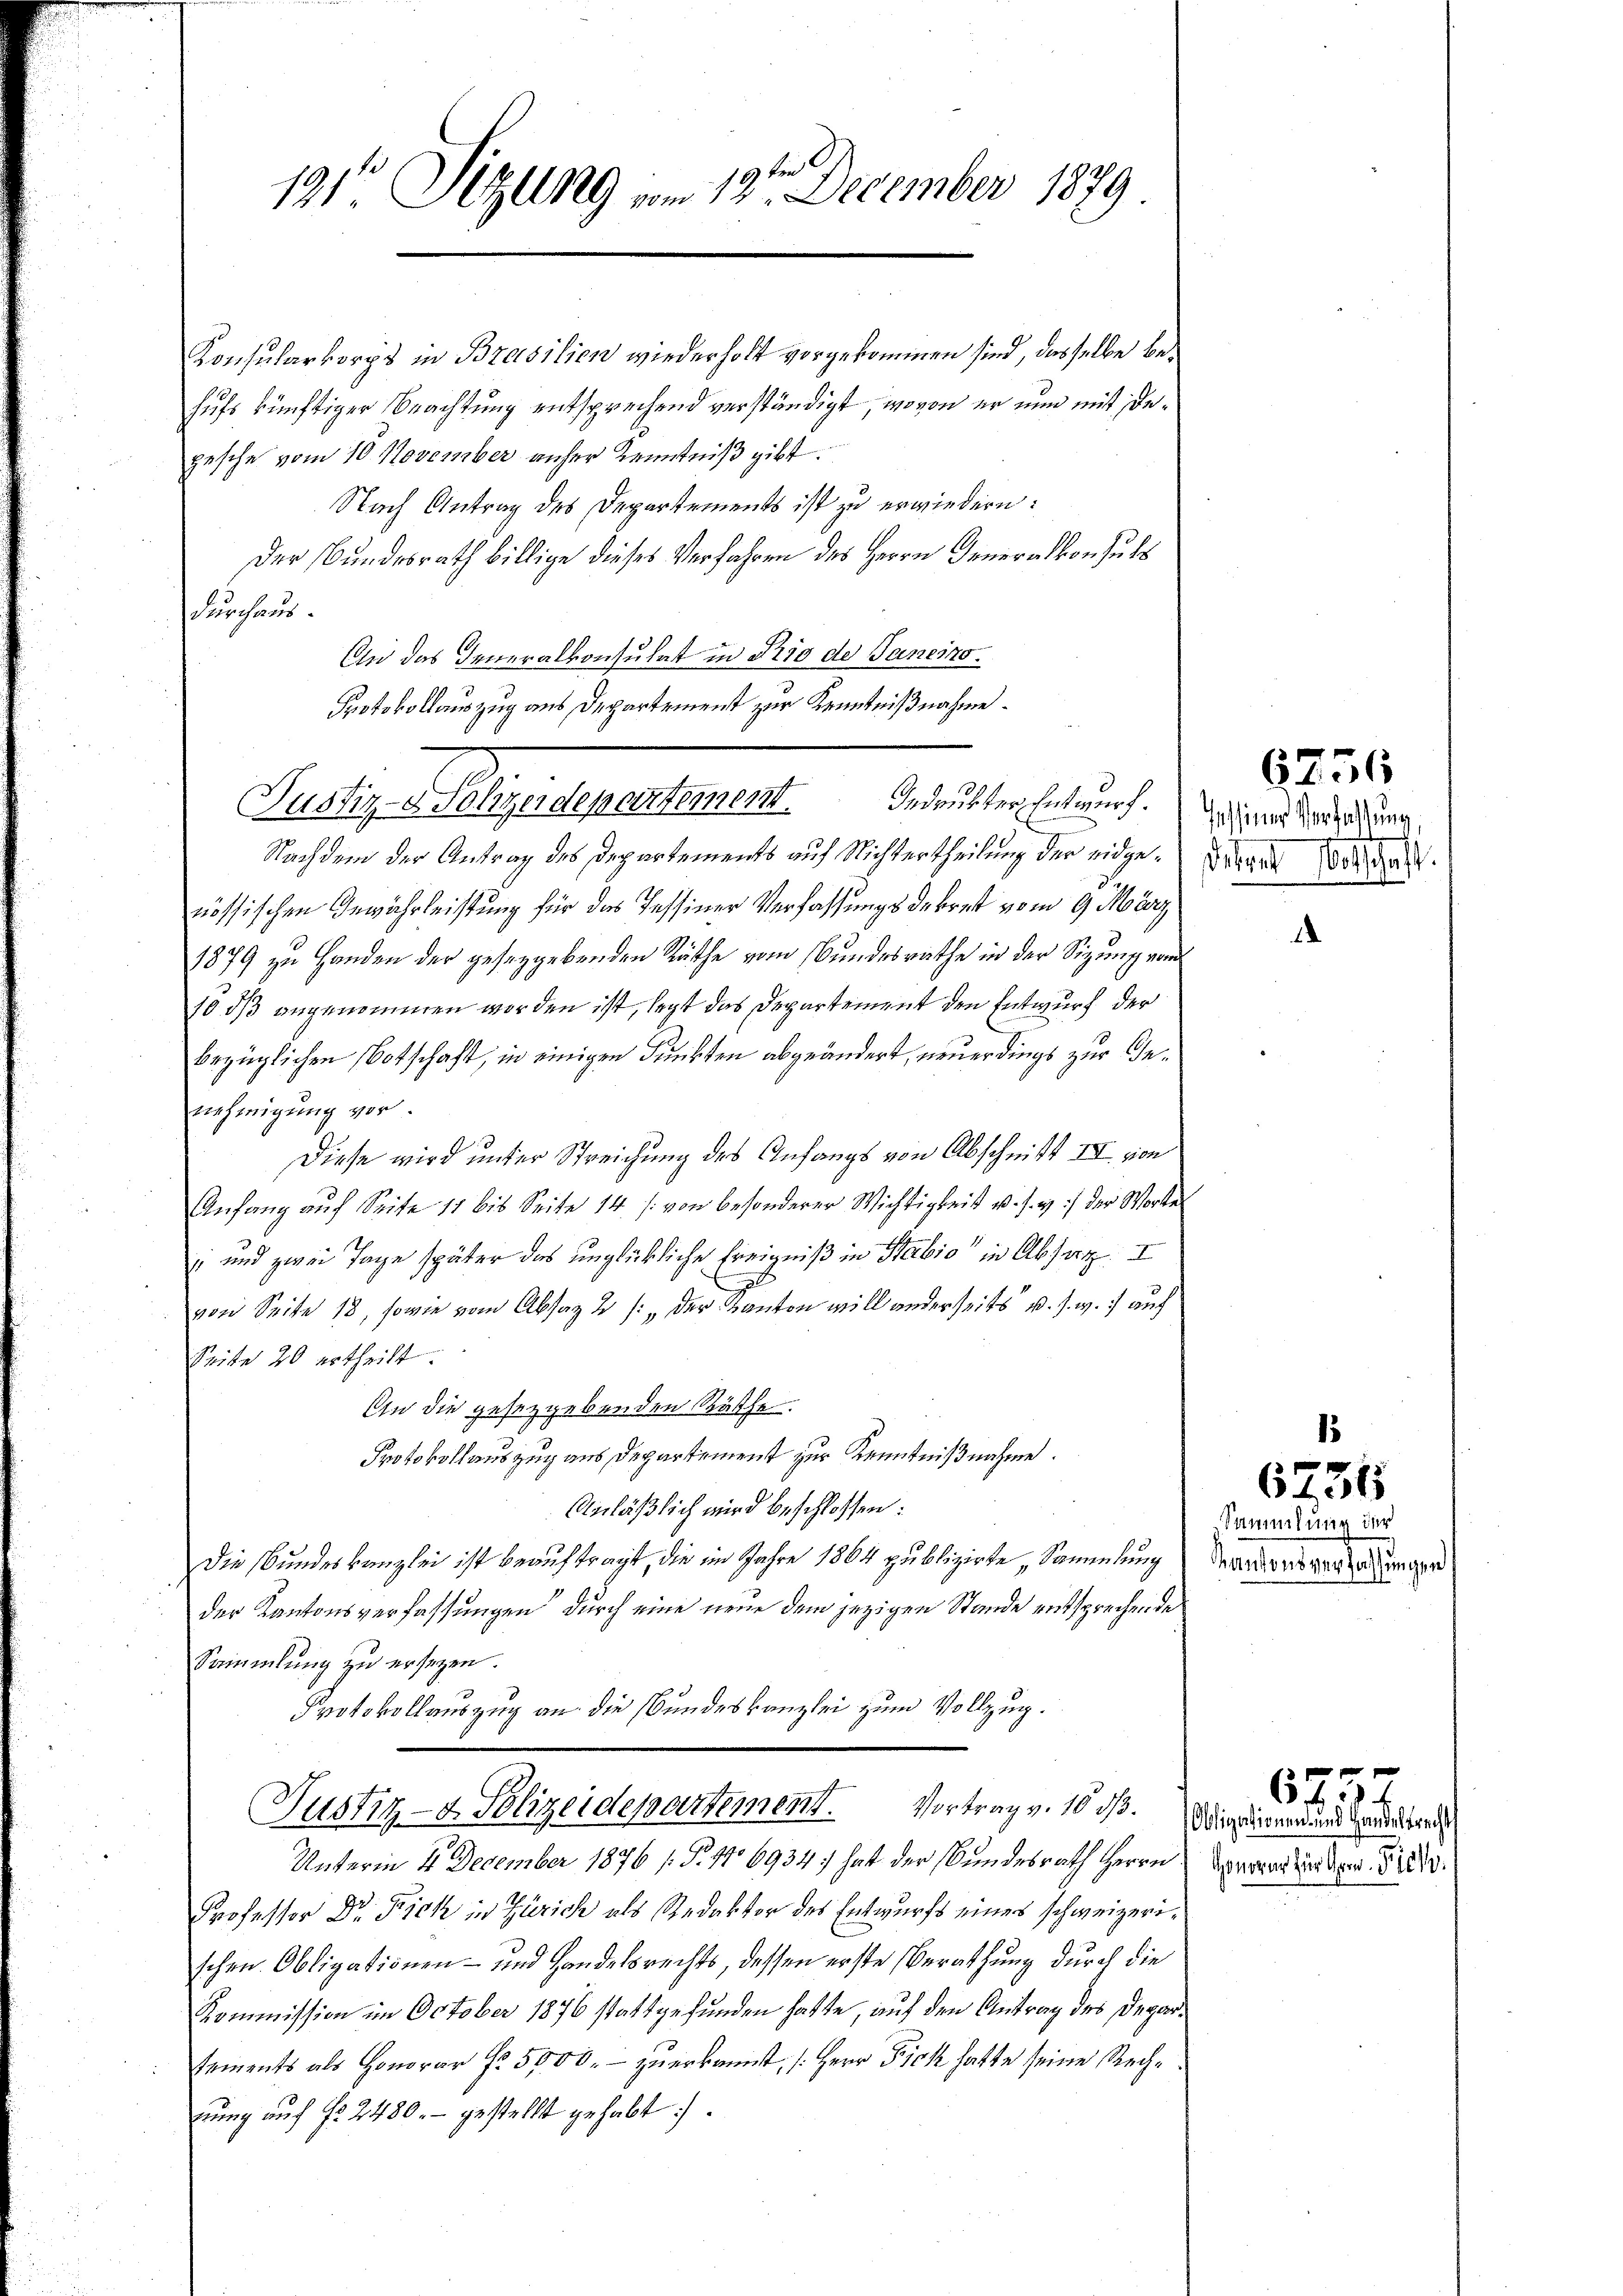
ben
191 Sizll19 vom 23. December 1879

Konsularkorps in Brasilien wiederholt vorgekommen sind, dasselbe behufs künftiger Beachtung entsprechend verständigt, wovon er nun mit degesche vom 10. November anher Kenntniß gibt.
Nach Antrag des Departements ist zu erwiedern:
Der Bundesrath billige dieses Verfahren des Herrn Generalkonsuls
Furchaus.
On das Generalkonsulat in Rio de Janeins¬
Protokollauszug aus Departement zur Kenntnißnahme.
Ludig gedenentement
Nachdem der Antrag des Departements auf Nichtertheilung der eidge-Burger 1800
S.
nössischen Gewährleistung für das Tessiner Verfassungsdekret vom 9. März
1879 zu Handen der geseggebenden Räthe vom Bundesrathe in der Sigung vom
10 dß angenommen worden ist, legt das Departement den Entwurf der
bezüglichen Botschaft, in einigen Funkten abgeändert, neuerdings zur Genehmigung vor.
Diese wird unter Streichung des Anfangs von Abschnitt II von
Anfang auf Seite 11 bis Seite 14 / von besonderer Wichtigkeit u. s. w.) der Worte
i und zwei Tage später das unglückliche Ereigniß in Stabio“ in Absart. I
von Seite 18, sowie vom Absaz 2 /: der Kanton will anderseits u. s. w. auf
Seite 20 ertheilt.
An die gesetzgebenden Räthe.
Protokollauszug aus Departement zur Kenntnißnahme.
Anläßlich wird beschlossen:
Die Bundeskanzlei ist beauftragt, die im Jahre 1864 publizirte, Sammlung Mandersen zu einger
der Kantonsverfassungen durch eine neue dem jezigen Stande entsprechende
Sammlung zu ersezen.
Protokollauszug an die Bundeskanzlei zum Vollzug.
Justiz- & Polizeidepartement. Vortrag v. 16 ds.
Unterm 4. December 1876 (T. 416934/ hat der Bundesrath Herrn Hand den
Professor Dr. Fick in Zürich als Redaktor des Entwurfs eines schweizerischen Obligationen- und Handelsrechts, dessen erste Berathung durch die
Kommission im October 1876 stattgefunden hatte, auf den Antrag des Deparstements als Honorar fr. 5000.- zuerkannst, (Herr Fick hatte seine Rechhrung auf §. 2480. - gestellt gehabt.

Indruckter Entwurf.

Jessiner Verfassung

6756

6731

Sammlung der

Obligationen und Handeltrecht

645 f.